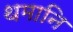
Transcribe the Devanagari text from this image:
थमानि